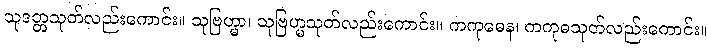
သုဒတ္တသုတ်လည်းကောင်း။ သုဗြဟ္မာ၊ သုဗြဟ္မသုတ်လည်းကောင်း။ ကကုဓေန၊ ကကုဓသုတ်လည်းကောင်း။